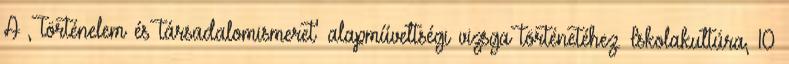
A ,Történelem és társadalomismeret' alapműveltségi vizsga történetéhez. Iskolakultúra, 10